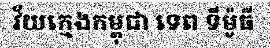
វ័យក្មេងកម្ពុជា ទេព ទីម៉ូធី